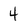
Character: 4